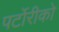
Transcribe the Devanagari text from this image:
पर्टोरीको